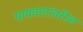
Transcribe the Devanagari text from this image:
पायवाटांवरील